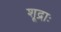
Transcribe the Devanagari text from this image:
शूद्राः